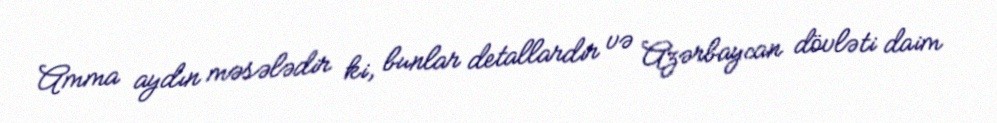
Amma aydın məsələdir ki, bunlar detallardır və Azərbaycan dövləti daim